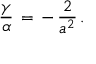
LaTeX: \frac { \gamma } { \alpha } \, = \, - \, \frac { 2 } { a ^ { 2 } } \, { . }